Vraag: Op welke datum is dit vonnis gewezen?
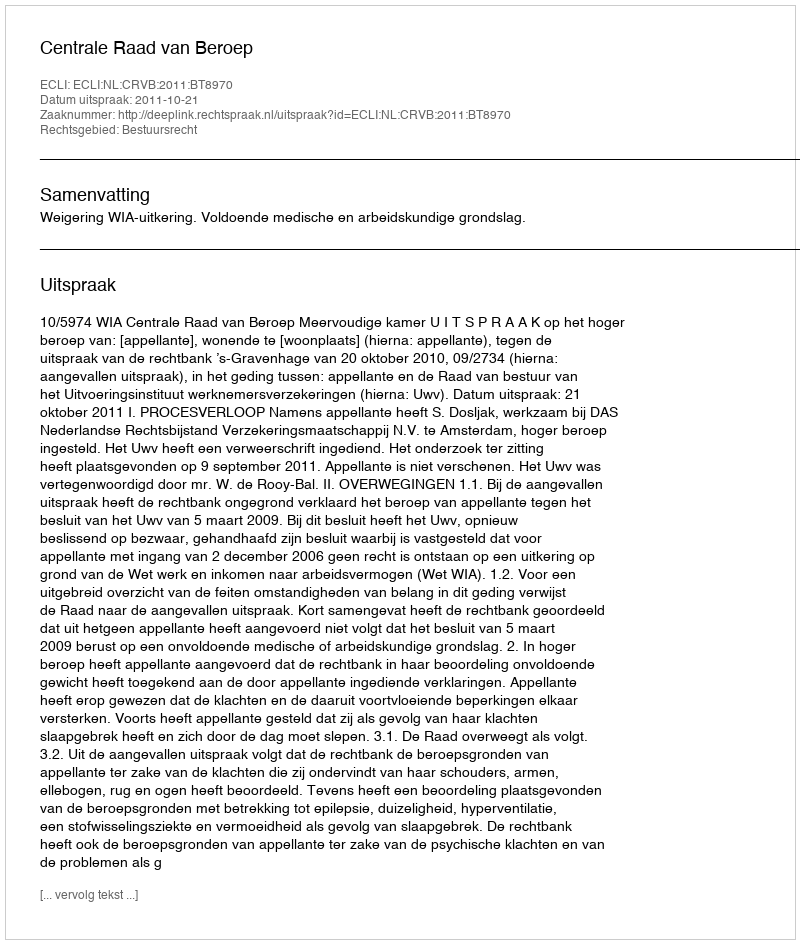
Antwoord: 2011-10-21